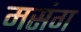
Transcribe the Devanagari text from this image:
मसंग